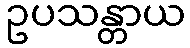
ဥပသန္တာယ